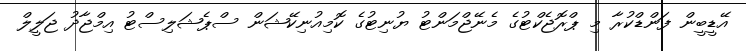
އޭޑީބީން ފަންޑްކުރާ މި ޕްރޮޖެކްޓުގެ މެނޭޖްމަންޓު ޔުނިޓުގެ ކޮމިއުނިކޭޝަން ސްޕެޝަލިސްޓު އިމްޖާދު ޖަލީލް